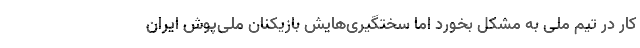
کار در تیم ملی به مشکل بخورد اما سختگیری‌هایش بازیکنان ملی‌پوش ایران